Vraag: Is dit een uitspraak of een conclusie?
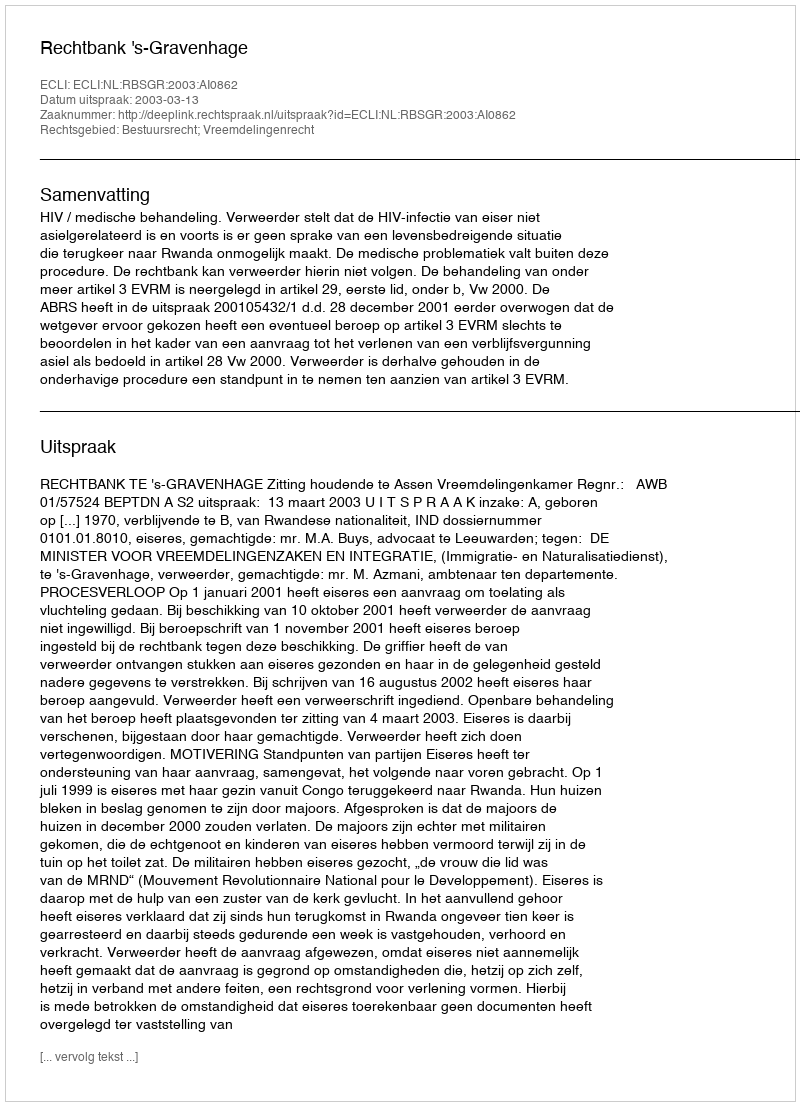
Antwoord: Uitspraak